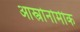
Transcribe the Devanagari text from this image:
आस्त्रोनोमीक